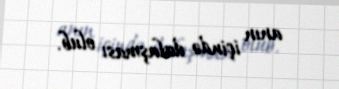
anın içində dalaşması olub.